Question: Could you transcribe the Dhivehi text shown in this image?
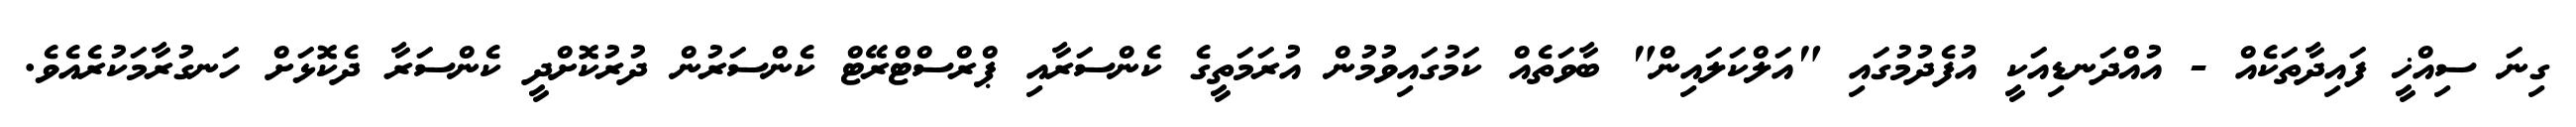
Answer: ގިނަ ސިއްޚީ ފައިދާތަކެއް - އުއްދަނޑިއަކީ އުފެދުމުގައި "އަލްކަލައިން" ބާވަތެއް ކަމުގައިވުމުން އުރަމަތީގެ ކެންސަރާއި ޕްރްސްޓްރޭޓް ކެންސަރުން ދުރުކޮށްދީ ކެންސަރާ ދެކޮޅަށް ހަނގުރާމަކުރެއެވެ.